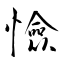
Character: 憸